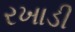
રખાડી